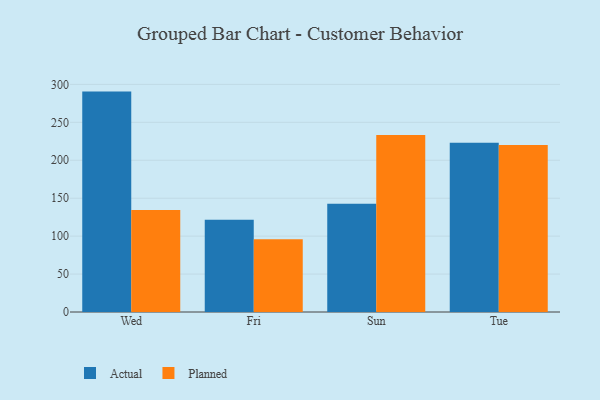
{"axis": {"x": "Day", "y": "Bounce Rate (%)"}, "legend": ["Actual", "Planned"], "data": [{"x": "Wed", "y": 290.5, "type": "Actual"}, {"x": "Wed", "y": 134.4, "type": "Planned"}, {"x": "Fri", "y": 121.7, "type": "Actual"}, {"x": "Fri", "y": 96.0, "type": "Planned"}, {"x": "Sun", "y": 142.6, "type": "Actual"}, {"x": "Sun", "y": 233.4, "type": "Planned"}, {"x": "Tue", "y": 223.2, "type": "Actual"}, {"x": "Tue", "y": 220.2, "type": "Planned"}]}